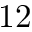
1 2